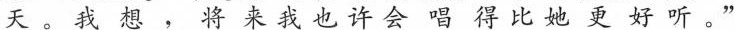
天。我想，将来我也许会唱得比她更好听。”